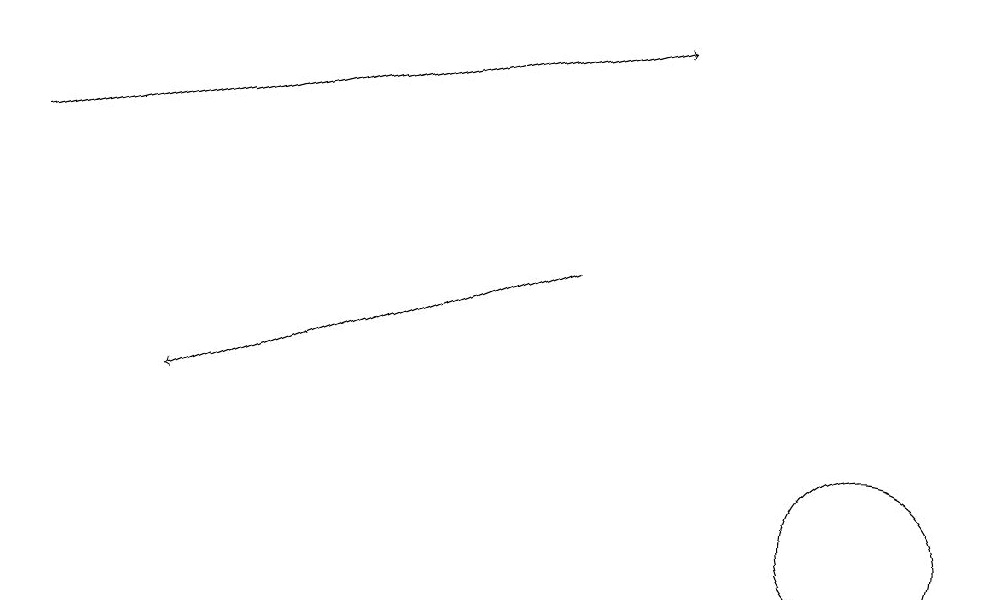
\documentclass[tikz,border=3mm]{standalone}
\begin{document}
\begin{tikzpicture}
\draw (12,10) circle (1);
\draw[->] (8,13) -- (3,11);
\draw[->] (1,14) -- (9,16);
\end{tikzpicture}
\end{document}